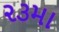
૨૩મા